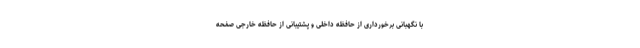
با نگهبانی برخورداری از حافظه داخلی و پشتیبانی از حافظه خارجی صفحه